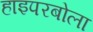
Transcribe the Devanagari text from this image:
हाइपरबोला